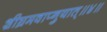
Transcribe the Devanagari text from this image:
शीघ्रमवाप्नुयात्॥४॥